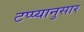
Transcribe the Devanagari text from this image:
टप्प्यानुसार